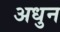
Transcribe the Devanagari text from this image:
अधुन